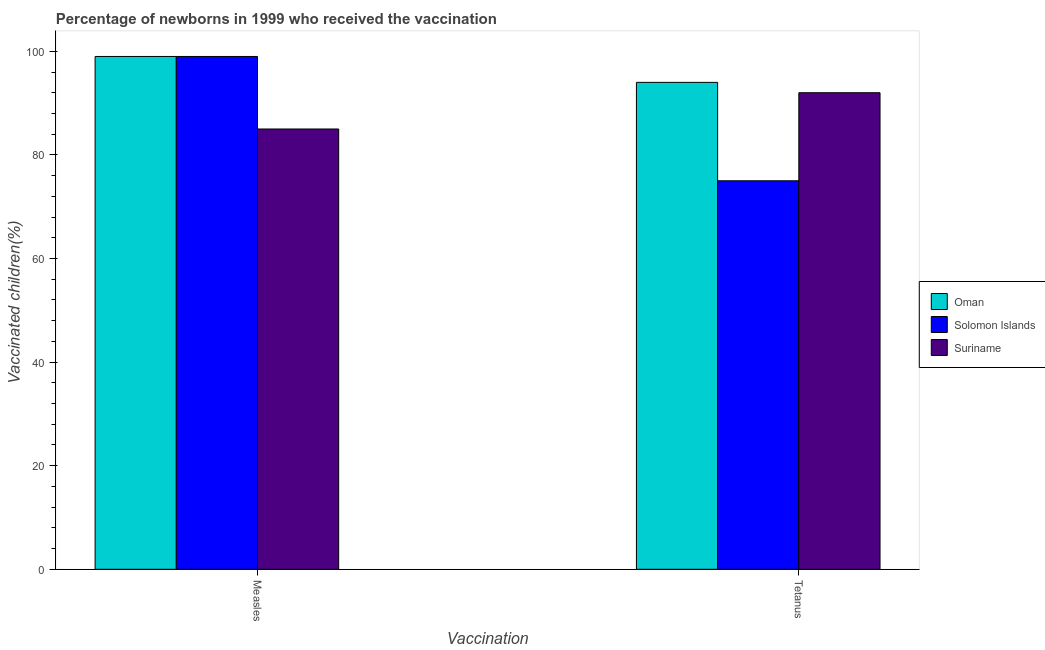
| Vaccination | Oman | Solomon Islands | Suriname |
 | --- | --- | --- | --- |
 | Measles | 99 | 99 | 85 |
 | Tetanus | 94 | 75 | 92 |